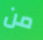
من